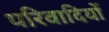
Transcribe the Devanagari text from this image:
परिवादियों